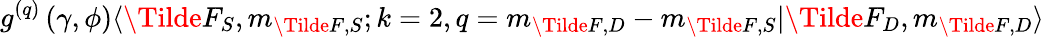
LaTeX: g^{(q)}\left(\gamma,\phi\right)\langle\Tilde{F}_{S},m_{\Tilde{F},S};k=2,q=m_{\Tilde{F},D}-m_{\Tilde{F},S}\lvert\Tilde{F}_{D},m_{\Tilde{F},D}\rangle